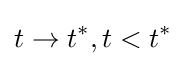
t\rightarrow t^{*},t<t^{*}